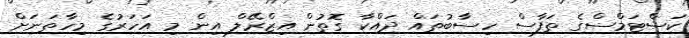
ކަސްޓަމްސްގެ ތަފާސް ހިސާބުތައް ދައްކާ ގޮތުން އިޒްރޭލް އިން މި އަހަރުގެ މިހާތަނަށް